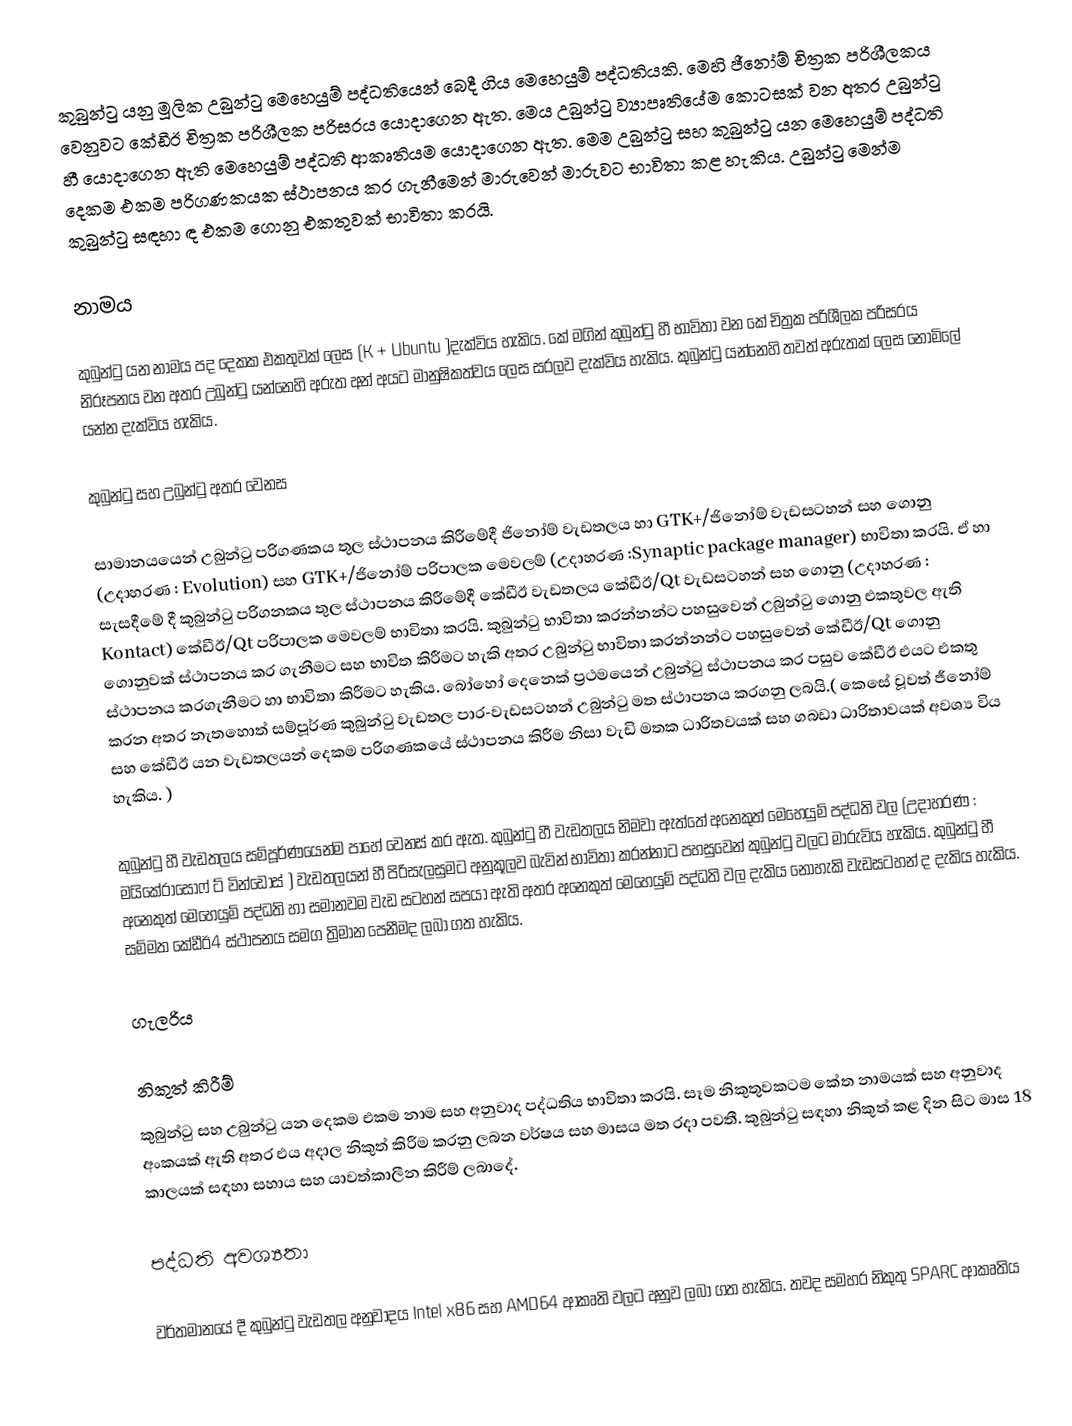
කුබුන්ටු යනු මූලික උබුන්ටු මෙහෙයුම් පද්ධතියෙන් බෙදී ගිය මෙහෙයුම් පද්ධතියකි. මෙහි ජීනෝම් චිත්‍රක පරිශීලකය වෙනුවට කේඩීඊ චිත්‍රක පරිශීලක පරිසරය යොදාගෙන ඇත.  මෙය උබුන්ටු ව්‍යාපෘතියේම කොටසක් වන අතර උබුන්ටු හී  යොදාගෙන ඇති මෙහෙයුම් පද්ධති ආකෘතියම යොදාගෙන ඇත. මෙම උබුන්ටු සහ කුබුන්ටු යන මෙහෙයුම් පද්ධති දෙකම එකම පරිගණකයක ස්ථාපනය කර ගැනීමෙන් මාරුවෙන් මාරුවට භාවිතා කළ හැකිය. උබුන්ටු මෙන්ම කුබුන්ටු සඳහා ඳ එකම ගොනු එකතුවක්  භාවිතා  කරයි.

නාමය

කුබුන්ටු යන නාමය පද දෙකක එකතුවක් ලෙස (K + Ubuntu )දැක්විය හැකිය. කේ මගින් කුබුන්ටු හී භාවිතා වන කේ චිත්‍රක පරිශීලක පරිසරය නිරූපනය වන අතර උබුන්ටු යන්නෙහි  අරුත  අන් අයට මානුෂිකත්වය ලෙස සරලව දැක්විය හැකිය. කුබුන්ටු යන්නෙහි තවත් අරුතක් ලෙස නොමිලේ යන්න දැක්විය හැකිය.

කුබුන්ටු සහ උබුන්ටු අතර වෙනස

සාමානයයෙන් උබුන්ටු පරිගණකය තුල ස්ථාපනය කිරීමේදී ජිනෝම්  වැඩතලය හා  GTK+/ජිනෝම් වැඩසටහන් සහ ගොනු (උදාහරණ : Evolution) සහ  GTK+/ජිනෝම් පරිපාලක මෙවලම් (උදාහරණ :Synaptic package manager) භාවිතා කරයි.  ඒ හා සැසදීමේ දී කුබුන්ටු පරිගනකය තුල ස්ථාපනය කිරීමේදී කේඩීඊ වැඩතලය කේඩීඊ/Qt වැඩසටහන් සහ ගොනු (උදාහරණ : Kontact) කේඩීඊ/Qt පරිපාලක මෙවලම් භාවිතා  කරයි. කුබුන්ටු භාවිතා කරන්නන්ට පහසුවෙන් උබුන්ටු  ගොනු එකතුවල ඇති ගොනුවක්  ස්ථාපනය කර ගැනීමට සහ භාවිත කිරීමට හැකි අතර උබුන්ටු භාවිතා කරන්නන්ට පහසුවෙන් කේඩීඊ/Qt  ගොනු ස්ථාපනය කරගැනීමට හා භාවිතා කිරීමට හැකිය. බෝහෝ දෙනෙක් ප්‍රථමයෙන් උබුන්ටු ස්ථාපනය කර පසුව කේඩීඊ එයට එකතු කරන අතර නැතහොත් සම්පූර්ණ කුබුන්ටු වැඩතල පාර-වැඩසටහන් උබුන්ටු මත ස්ථාපනය කරගනු ලබයි.(  කෙසේ වූවත් ජීනෝම් සහ කේඩීඊ යන වැඩතලයන් දෙකම පරිගණකයේ ස්ථාපනය කිරීම නිසා වැඩි මතක ධාරිතවයක් සහ ගබඩා ධාරිතාවයක් අවශ්‍ය විය හැකිය. )

කුබුන්ටු හී වැඩතලය සම්පූර්ණයෙන්ම පාහේ වෙනස් කර ඇත. කුබුන්ටු හී වැඩතලය නිමවා ඇත්තේ අනෙකුත් මෙහෙයුම් පද්ධති වල (උදාහරණ : මයිකේ‍රාසොෆ් ට් වින්ඩෝස් ) වැඩතලයන් හී පිරිසැලසුමට අනුකූලව බැවින් භාවිතා කරන්නාට පහසුවෙන් කුබුන්ටු වලට මාරුවිය හැකිය.  කුබුන්ටු හී අනෙකුත් මෙහෙයුම් පද්ධති හා සමානවම වැඩ සටහන් සපයා ඇති අතර අනෙකුත් මෙහෙයුම් පද්ධති වල දැකිය නොහැකි වැඩසටහන් ද දැකිය හැකිය. සම්මත කේඩීඊ4 ස්ථාපනය සමග ත්‍රිමාන පෙනීමද ලබා ගත හැකිය.

ගැලරිය

නිකුත් කිරීම්
කුබුන්ටු සහ උබුන්ටු යන දෙකම එකම නාම සහ අනුවාද පද්ධතිය භාවිතා කරයි. සෑම නිකුතුවකටම කේත නාමයක් සහ අනුවාද අංකයක් ඇති අතර එය අදාල නිකුත් කිරීම කරනු ලබන වර්ෂය සහ මාසය මත රදා පවතී. කුබුන්ටු සඳහා නිකුත් කළ දින සිට මාස 18 කාලයක් සඳහා සහාය  සහ යාවත්කාලීන කිරීම් ලබාදේ.

පද්ධති අවශ්‍යතා

වර්තමානයේ දී කුබුන්ටු වැඩතල අනුවාදය Intel x86 සහ AMD64 ආකෘති වලට අනුව ලබා ගත හැකිය. තවද සමහර නිකුතු SPARC ආකෘතිය